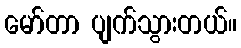
မော်တာ ပျက်သွားတယ်။